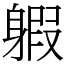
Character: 𨉣